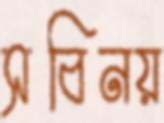
সবিনয়